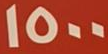
1500